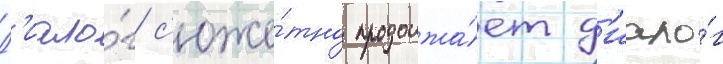
Д'иало́г с'юже́тно продолжа́ет д'иало́г